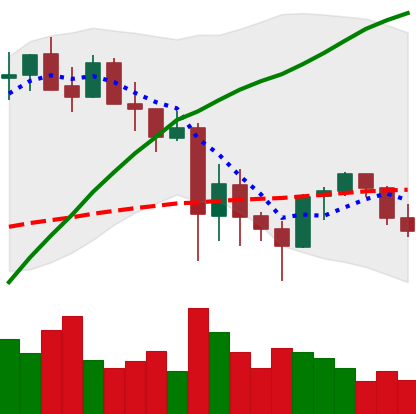
Ticker: ETH-USD
Chart end date: 2021-05-29
Forward return: 25.251%
Label: up_7plus